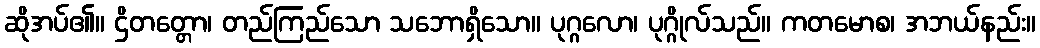
ဆိုအပ်၏။ ဌိတတ္တော၊ တည်ကြည်သော သဘောရှိသော။ ပုဂ္ဂလော၊ ပုဂ္ဂိုလ်သည်။ ကတမောစ၊ အဘယ်နည်း။